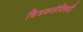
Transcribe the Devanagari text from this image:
चित्रकलेविषयी